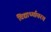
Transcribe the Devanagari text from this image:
विद्यार्थ्यावरच